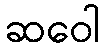
ဆဝေါ